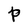
Character: p